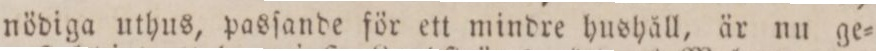
nödiga uthus, pasſande för ett mindre hushåll, är nu ge=